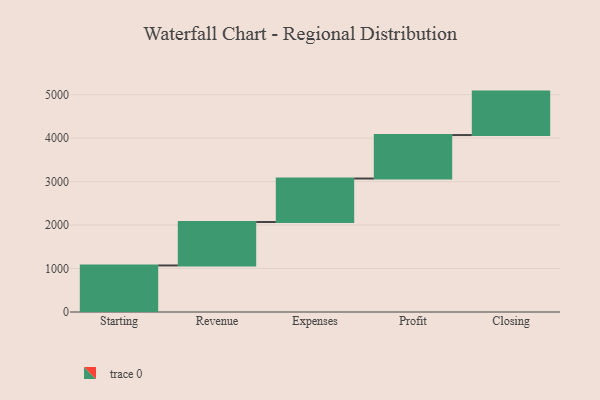
{"axis": {"x": "Step", "y": "Value"}, "legend": [""], "data": [{"x": "Starting", "y": 1071.0, "type": ""}, {"x": "Revenue", "y": 1000, "type": ""}, {"x": "Expenses", "y": 1000, "type": ""}, {"x": "Profit", "y": 1000, "type": ""}, {"x": "Closing", "y": 1000, "type": ""}]}